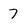
Character: 7